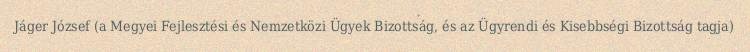
Jáger József (a Megyei Fejlesztési és Nemzetközi Ügyek Bizottság, és az Ügyrendi és Kisebbségi Bizottság tagja)